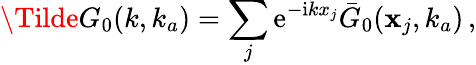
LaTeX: \Tilde{G}_{0}(k,k_{a})=\sum_{j}\mathrm{e}^{-\mathrm{i}kx_{j}}\bar{G}_{0}(\mathbf{x}_{j},k_{a})\, ,